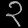
Digit: ၃